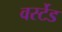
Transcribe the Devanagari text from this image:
वर्स्टेड